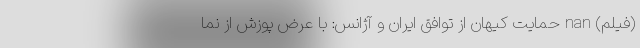
(فیلم) nan حمایت کیهان از توافق ایران و آژانس: با عرض پوزش از نما